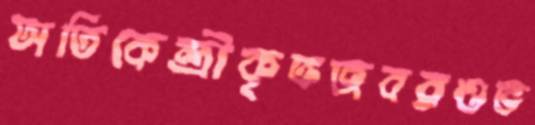
অতিকেন্দ্রীকৃতজবরওভ